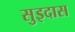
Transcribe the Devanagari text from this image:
सुइदास